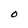
Character: O